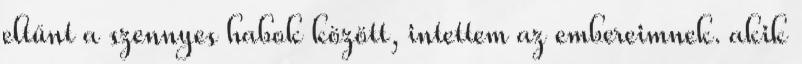
eltűnt a szennyes habok között, intettem az embereimnek. akik